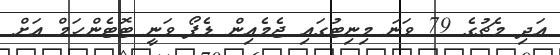
އަދި މެޗުގެ 79 ވަނަ މިނިޓުގައި ޖެމެއިން ޑެފޯ ވަނީ ޓޮޓެންހަމް އަށް